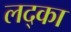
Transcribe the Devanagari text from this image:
लद्का